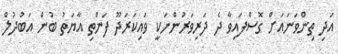
އަދި ތިންވަނައަށް ގޮސްފައިވާ ދެ ދަރިވަރުންނަކީ ވައިކަރަދޫ ފަންތި އާޔަތު ބުން އަބުދުލް